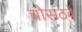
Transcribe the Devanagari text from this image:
चौसठवें